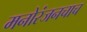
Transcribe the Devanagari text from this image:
मनोरंजनचाच